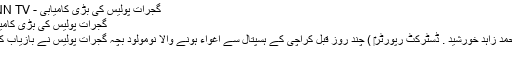
گجرات پولیس کی بڑی کامیابی - ENN TV
گجرات پولیس کی بڑی کامیابی
( محمد زاہد خورشید . ڈسٹرکٹ رپورٹر‎ ) چند روز قبل کراچی کے ہسپتال سے اغواء ہونے والا نومولود بچہ گجرات پولیس نے بازیاب کروا
لیا ۔